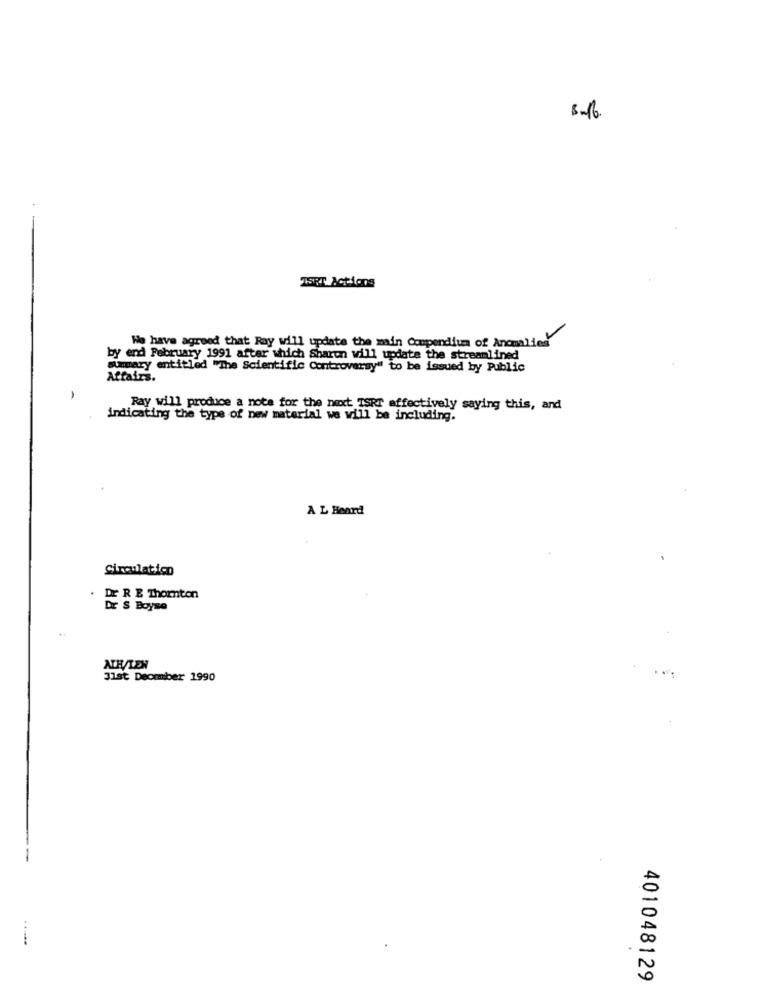
8-16
1SET Actions
We have agreed that Ray will update the main Compendium of Anomalies
by end February 1991 after which Sharon will update the streamlined
summary entitled "The Scientific Controversy" to be issued by Public
Affairs.
Ray will produce a note for the next ISRT effectively saying this, and
indicating the type of new material we will be including.
A L Heard
Circulation
DE R E Thornton
Dr S Boyse
AIR/LEN
31st Deommber 1990
......
401048129